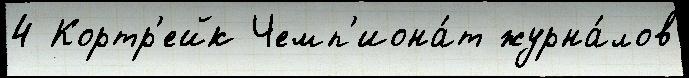
4 Кортр'ейк Чемп'иона́т журна́лов